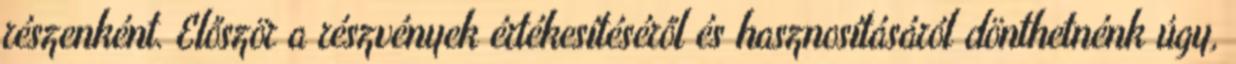
részenként. Először a részvények értékesítéséről és hasznosításáról dönthetnénk úgy,